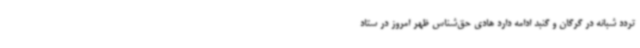
تردد شبانه در گرگان و گنبد ادامه دارد هادی حق‌شناس ظهر امروز در ستاد